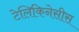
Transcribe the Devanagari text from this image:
टेलिकिनेसीस